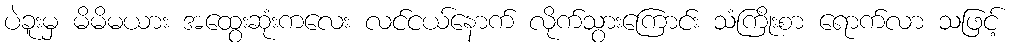
ပဲခူးမှ မိမိမယား အထွေးဆုံးကလေး လင်ငယ်နောက် လိုက်သွားကြောင်း သံကြိုးစာ ရောက်လာ သဖြင့်